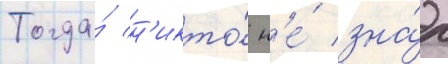
Тогда́ н'икто́ н'е́ зна́л